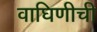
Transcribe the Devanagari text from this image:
वाघिणीची